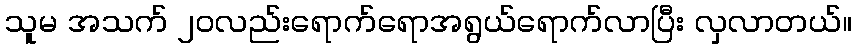
သူမ အသက် ၂၀လည်းရောက်ရောအရွယ်ရောက်လာပြီး လှလာတယ်။